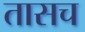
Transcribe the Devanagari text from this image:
तासच